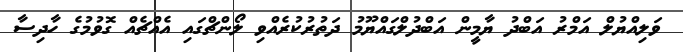
ވަލިއްޔުލް އަމްރު އަބްދު ޔާމީން އަބްދުލްގައްޔޫމު ދަތުރުކުރެއްވި ލޯންޗްގައި އެއްޗެއް ގޮވުމުގެ ހާދިސާ